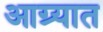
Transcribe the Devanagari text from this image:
आग्र्यात